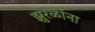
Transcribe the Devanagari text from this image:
झुरळांना